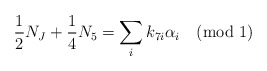
\begin{align*}{1\over 2}N_J+{1\over 4}N_5=\sum_i k_{7i}\alpha_i \quad (\mbox{mod\ 1})\end{align*}